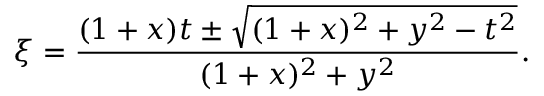
\xi = \frac { ( 1 + x ) t \pm \sqrt { ( 1 + x ) ^ { 2 } + y ^ { 2 } - t ^ { 2 } } } { ( 1 + x ) ^ { 2 } + y ^ { 2 } } .